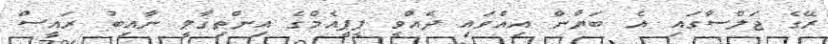
ރޭގެ ޖަލްސާގައި އެ ބަޔާން އިއްވައި ދެއްވީ ޕީޕީއެމްގެ އިންތިގާލީ ނާއިބު ރައީސް